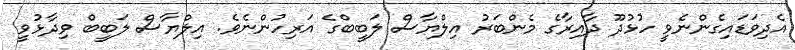
އެދިވަޑައިގެންނެވީ ހުޅުދޫ ދާއިރާގެ މެންބަރު އިލްޔާސް ލަބީބްގެ އަރިހުންނެވެ. އިލްޔާސް ލަބީބް ވިދާޅުވީ